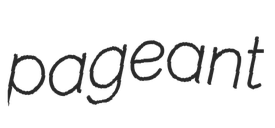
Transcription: pageant